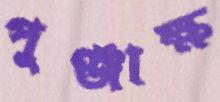
পুঞ্জাক্ষ